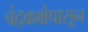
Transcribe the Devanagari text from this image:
चंद्रकक्षेपासून